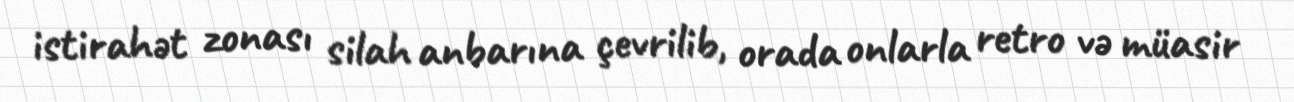
istirahət zonası silah anbarına çevrilib, orada onlarla retro və müasir